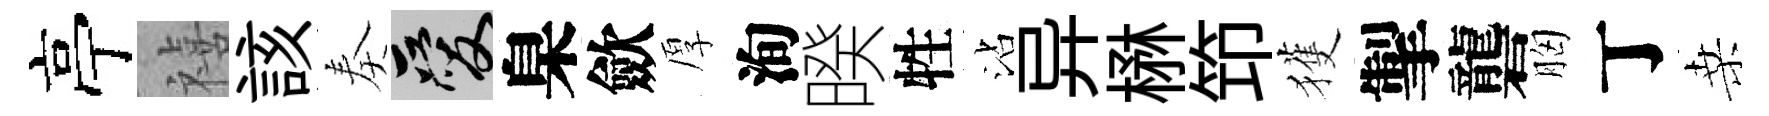
亭禧該奏爱臬歛厚洵暌牲沾异楙笻獲掣礱胸丁桑